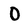
Character: O